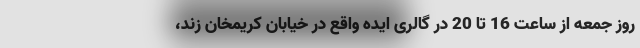
روز جمعه از ساعت 16 تا 20 در گالری ایده واقع در خیابان کریمخان زند،